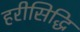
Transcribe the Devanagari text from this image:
हरीसिद्धि